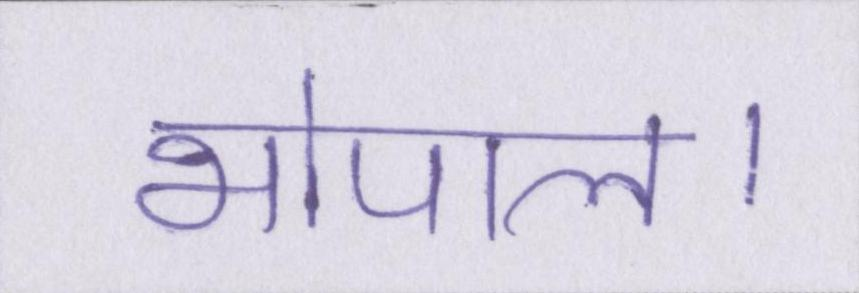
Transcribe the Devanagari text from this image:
भोपाल।